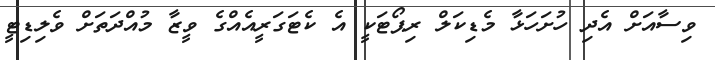
ވިސާއަށް އެދި ހުށަހަޅާ މެޑިކަލް ރިޕޯޓަކީ އެ ކެޓަގަރީއެއްގެ ވީޒާ މުއްދަތަށް ވެލިޑިޓީ